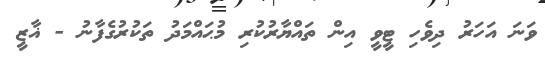
ވަނަ އަހަރު ދިވެހި ޓީވީ އިން ތައްޔާރުކުރި މުޙައްމަދު ތަކުރުގެފާނު - ޣާޒީ